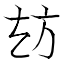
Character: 𭤪